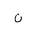
Letter: _non